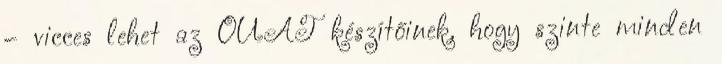
– vicces lehet az OUAT készítőinek, hogy szinte minden